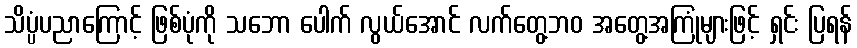
သိပ္ပံပညာကြောင့် ဖြစ်ပုံကို သဘော ပေါက် လွယ်အောင် လက်တွေ့ဘဝ အတွေ့အကြုံများဖြင့် ရှင်း ပြရန်